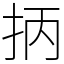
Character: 抦